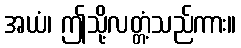
အယံ၊ ဤသို့လတ္တံ့သည်ကား။